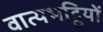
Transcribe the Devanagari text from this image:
वात्यभट्ठियों